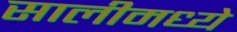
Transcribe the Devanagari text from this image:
सालीमध्ये